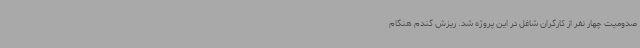
صدومیت چهار نفر از کارگران شاغل در این پروژه شد. ریزش گندم هنگام